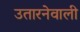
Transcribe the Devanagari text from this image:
उतारनेवाली